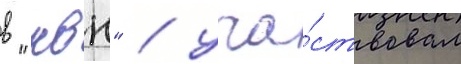
в "квн" / уча́ствовал